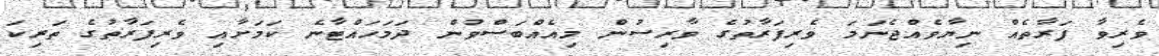
ވެރިވާ ފަރާތެއް ނިޔާވެއްޖެނަމަ ވެރިފަރާތުގެ ވާރިސުން މިއެއްބަސްވުން ދަމަހައްޓާނެ ކަމަށާއި ވެރިފަރާތުގެ ތަރިކަ